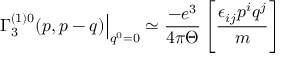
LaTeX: \left. \Gamma _ { 3 } ^ { ( 1 ) 0 } ( p , p - q ) \right| _ { q ^ { 0 } = 0 } \simeq \frac { - e ^ { 3 } } { 4 \pi \Theta } \left[ \frac { \epsilon _ { i j } p ^ { i } q ^ { j } } m \right]